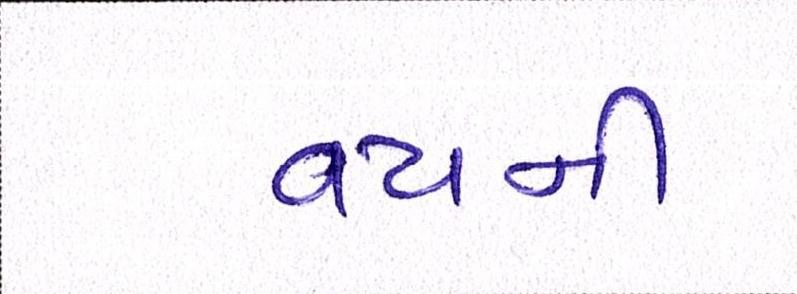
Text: વયની